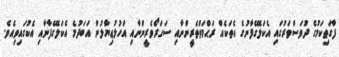
ފާގަތިކަމުގެ ދުވަސްވަރުގައި އެކަލޭގެފާނުގެ އެތަކެއް ރަޙްމަތްތެރީންނާއި ސަހަރޯވެރީންނާއި އަހުލުޢިޔާލުން އަބަދުމެ އެކަލޭގެފާނާއި އެކުގައިވިއެވެ.